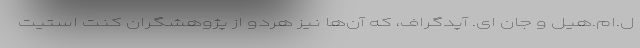
ل.ام.هیل و جان ای. آپدگراف، که آن‌ها نیز هردو از پژوهشگران کنت استیت